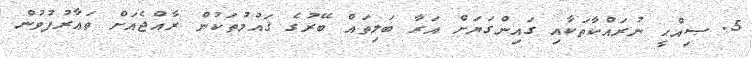
5. ޞިއްޙީ ނުރައްކާތަކާއި ގައިންގަޔަށް އަރާ ބަލިތައް ބޭރުގެ ޤައުމުތަކުން ރާއްޖެއަށް ތަޢާރުފުވުން